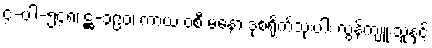
၄-ပါ-၅၄၈၊ ဋ္ဌ-၃၉၀၊ ကာယ ဝစီ မနော ဒုစရိုက်သုံးပါး လွန်ကျူးသူနှင့်